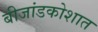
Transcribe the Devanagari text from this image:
बीजांडकोशात